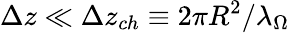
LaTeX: \Delta z\ll\Delta z_{ch}\equiv 2\pi R^{2}/\lambda_{\Omega}